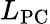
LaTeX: L_{\mathrm{PC}}